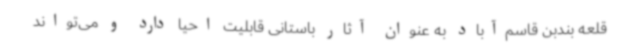
قلعه بندبن قاسم‌آباد به عنوان آثار باستانی قابلیت احیا دارد و می‌تواند